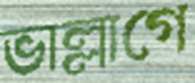
ভাল্লাগে